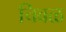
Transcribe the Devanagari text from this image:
चिवळ